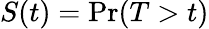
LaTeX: S(t)=\operatorname*{Pr}(T>t)